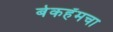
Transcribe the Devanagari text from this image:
बेकहॅमचा